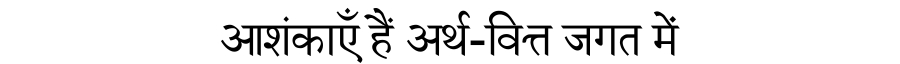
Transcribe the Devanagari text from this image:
आशंकाएँ हैं अर्थ-वित्त जगत में